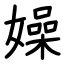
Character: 嬠